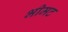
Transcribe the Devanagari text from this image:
भीमट